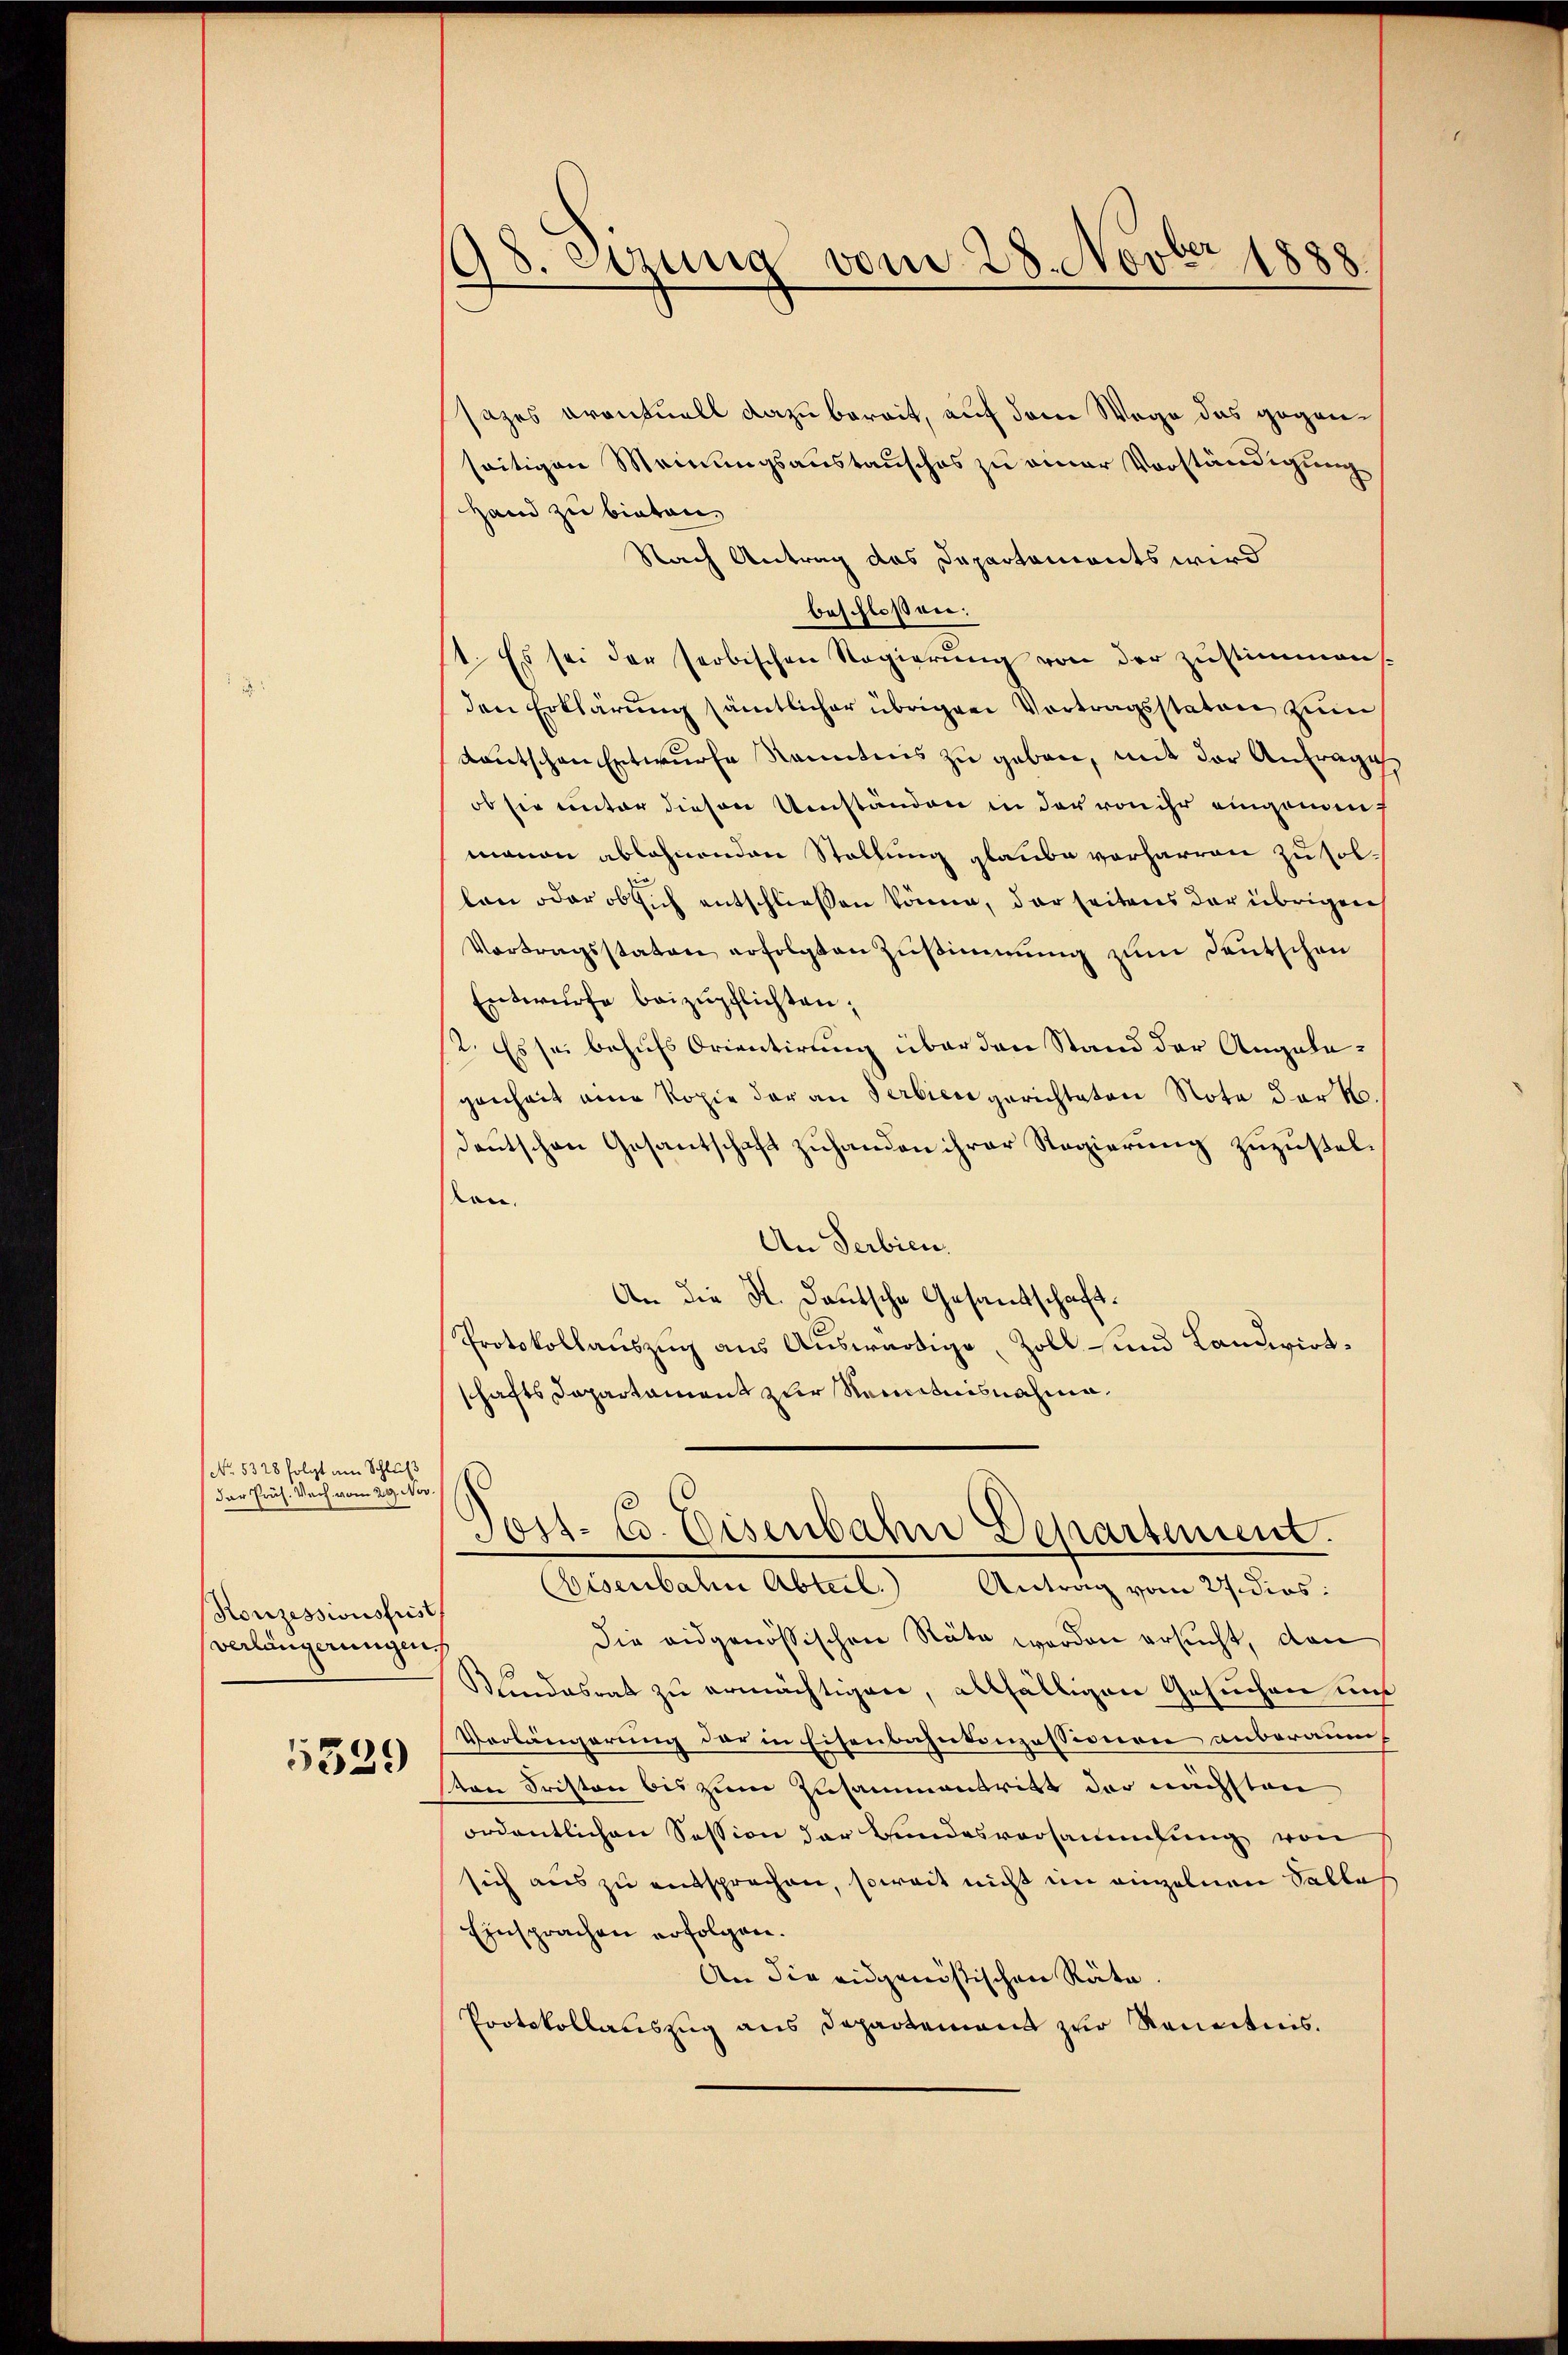
No. 5328 folgt am Schluß
der Prüh. Nach vom 29. Nov
Konzessionsfrist
verlängerungen

5339

198. Sezung vom 28. Novbr 1888

sazes eventuell dazu bereit, auf dem Wege das gegenseitigen Meinungsaustausches zu einer Vorständigung
Hand zu bieten
Nach Antrag das Departaments wird
beschlossen:
1. Es sei der seobischen Regierŭng von der zŭstimmen.
den Erklärung sämtlicher übrigen Vortragsstator zum
Lautschen Entwurfe kanntnis zu geben, mit der Anfrage
ob sie unter diesen Umständen in der von ihr eingenennanon ablehnenden Stellung glaube vorharren zu sollen oder ob sich entschliessen könne, der seitens der übrigen
Vortragsstaten erfolgten Zustimmung zum Deutschen
Entwurfe beizupflichten;
2. Es sei behufs Orientirung über den Stand der Angabegenheit eine Kopie der an Serbien gerichteten Note der K.
deutschen Gesantschaft zuhanden ihrer Regierung zuzustelvon.
An Serbien.
An die K. Deutsche Gesandtschaft.
Protokollauszug aus Auswärtige, Zoll- und Landwirtschafts Departament zur Nenntnisnahme.

s
Post- u. Eisenbahn Departement.

Cisenbahn Abteil. Antrag vom 27. dies:
Die eidgenössischen Räte worden ersucht, dan
Bundesrat zu ermächtigen, allfälligen Gesuchen uns
Verlängerung der in Eisenbahnkonzessionen anberaum,
ten Fristen bis zum Zusammentritt der nächsten
ordentlichen Session der Bundesversammlung von
sich aus zu entsprechen, soweit nicht im einzelnen Sallas
Einsprachen erfolgen.
An die eidgenössischen Räte.
Protokollauszug aus Departement zur Renntnis.